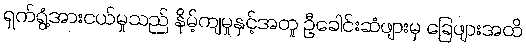
ရှက်ရွံ့အားငယ်မှုသည် နိမ့်ကျမှုနှင့်အတူ ဦခေါင်းဆံဖျားမှ ခြေဖျားအထိ